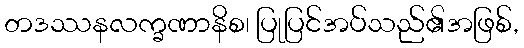
တဒဿနလက္ခဏာနိစ၊ ပြုပြင်အပ်သည်၏အဖြစ်,